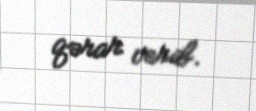
qərar verib.